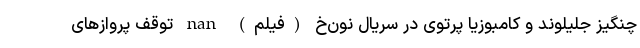
چنگیز جلیلوند و کامبوزیا پرتوی در سریال نون‌خ (فیلم) nan توقف پروازهای